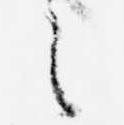
之